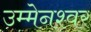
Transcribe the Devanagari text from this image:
उम्मेनश्वर